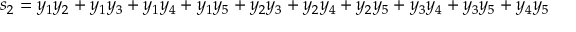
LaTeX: s _ { 2 } = y _ { 1 } y _ { 2 } + y _ { 1 } y _ { 3 } + y _ { 1 } y _ { 4 } + y _ { 1 } y _ { 5 } + y _ { 2 } y _ { 3 } + y _ { 2 } y _ { 4 } + y _ { 2 } y _ { 5 } + y _ { 3 } y _ { 4 } + y _ { 3 } y _ { 5 } + y _ { 4 } y _ { 5 }